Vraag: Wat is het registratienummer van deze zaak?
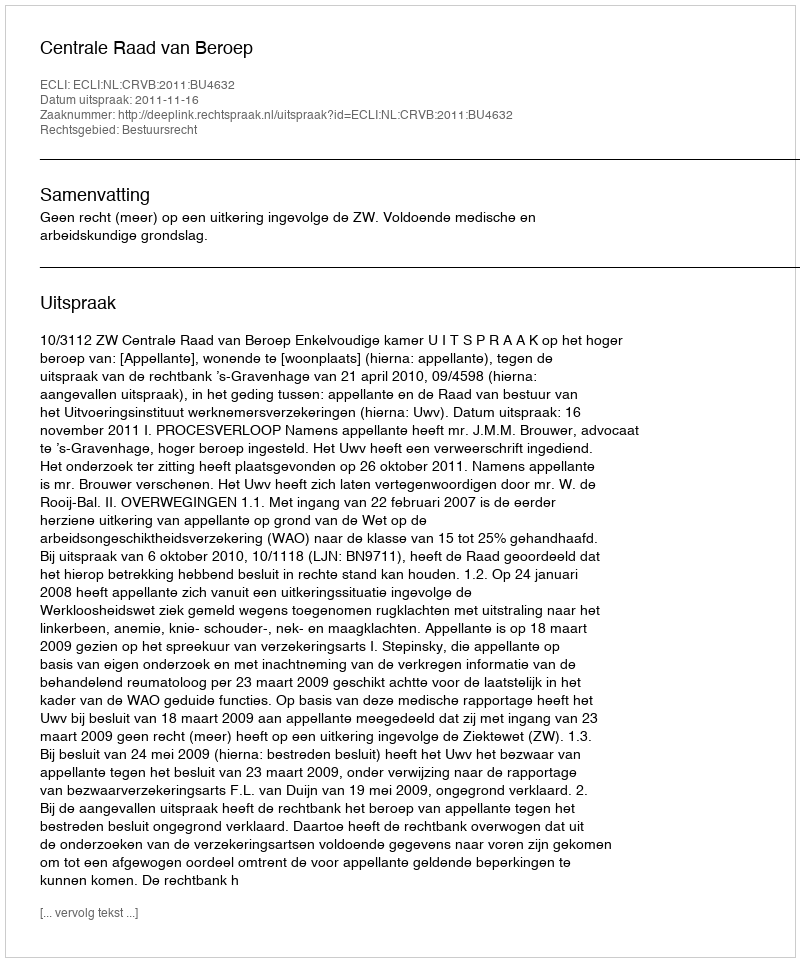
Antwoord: http://deeplink.rechtspraak.nl/uitspraak?id=ECLI:NL:CRVB:2011:BU4632